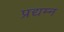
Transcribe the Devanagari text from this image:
प्रद्यम्न